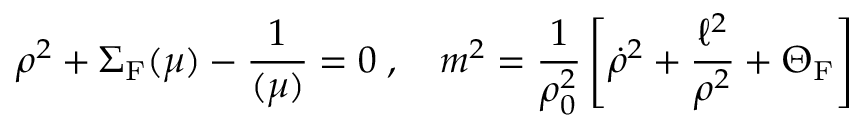
\rho ^ { 2 } + \Sigma _ { \mathrm { F } } ( \mu ) - \frac { 1 } { \l ( \mu ) } = 0 \; , \quad m ^ { 2 } = \frac { 1 } { \rho _ { 0 } ^ { 2 } } \left[ { \dot { \rho } } ^ { 2 } + \frac { \ell ^ { 2 } } { \rho ^ { 2 } } + \Theta _ { \mathrm { F } } \right]